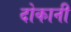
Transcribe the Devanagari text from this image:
दोकानी